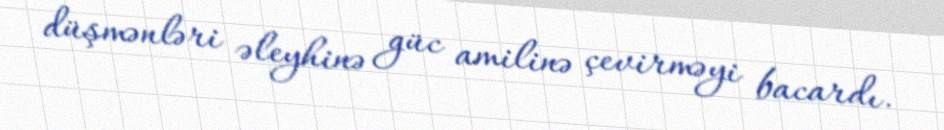
düşmənləri əleyhinə güc amilinə çevirməyi bacardı.